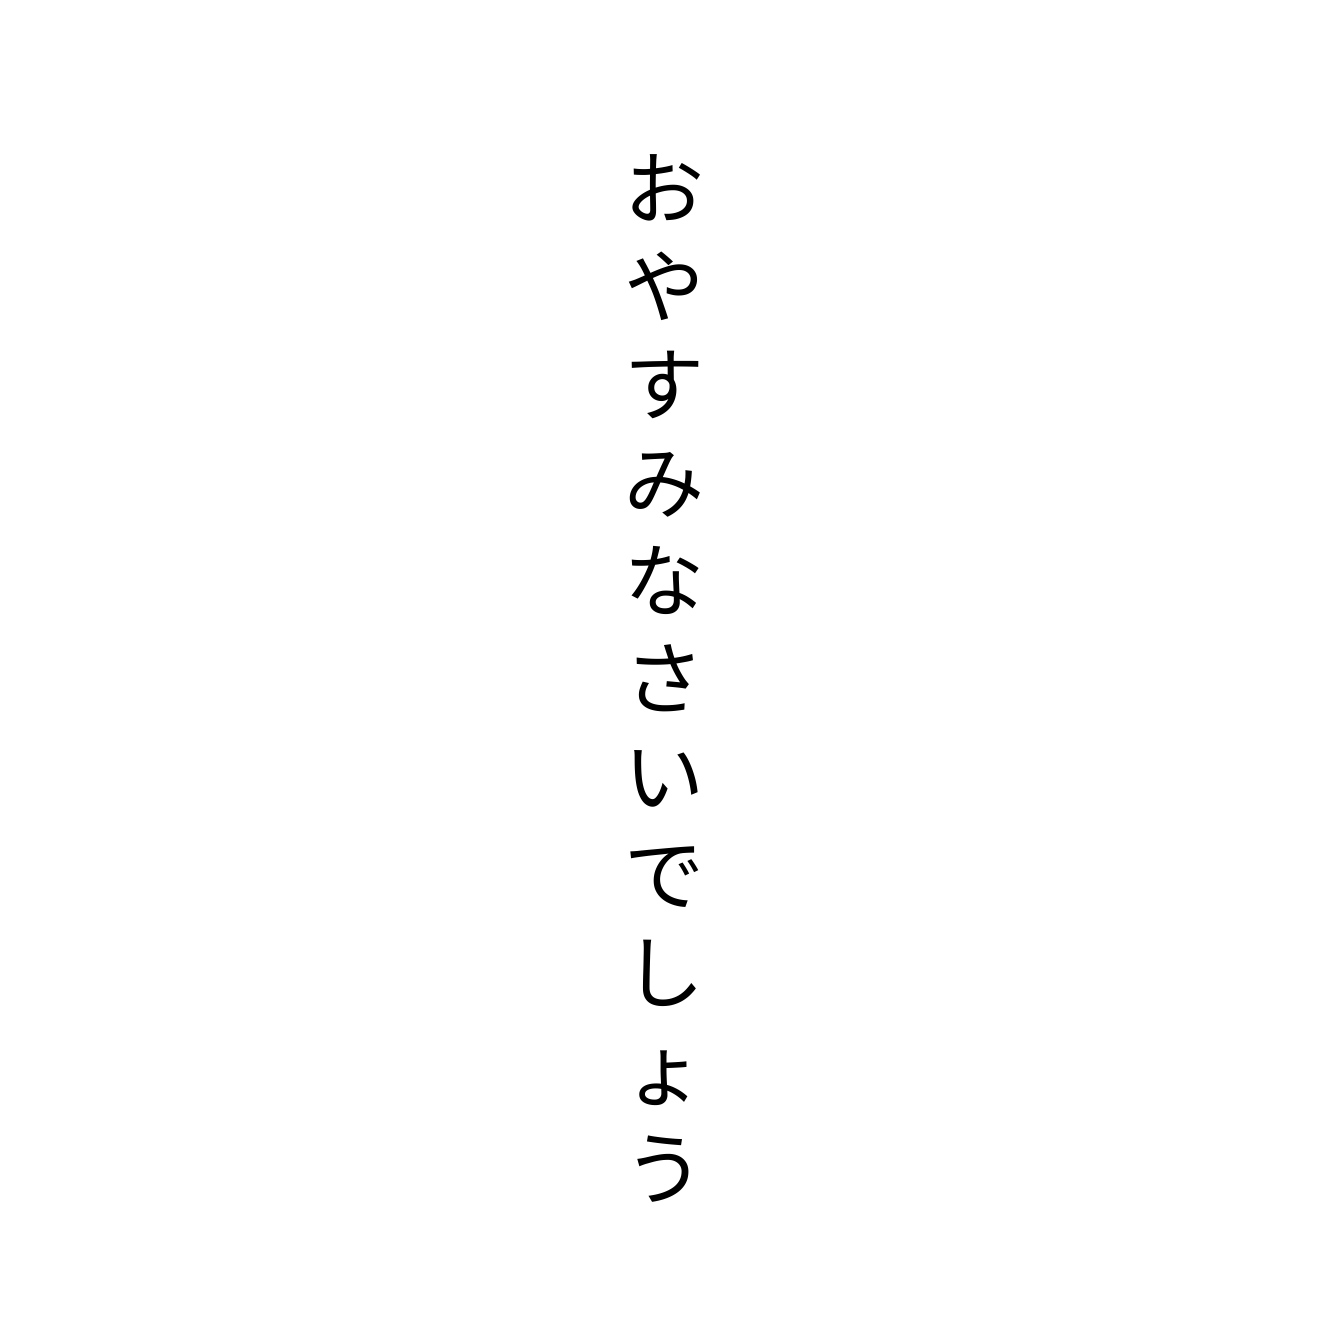
おやすみなさいでしょう